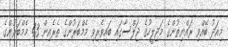
މިއަދު ބޭއްވި ރައްޔިތުންގެ މަޖިލީހުގެ ޖަލްސާގައި ބައިވެރިވި މެމްބަރުންގެ ތެރެއިން 43 މެމްބަރުންގެ